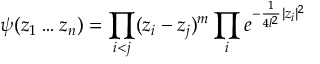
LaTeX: \psi ( z _ { 1 } \ldots z _ { n } ) = \prod _ { i < j } ( z _ { i } - z _ { j } ) ^ { m } \prod _ { i } e ^ { - \frac { 1 } { 4 l ^ { 2 } } | z _ { i } | ^ { 2 } }